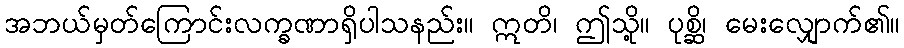
အဘယ်မှတ်ကြောင်းလက္ခဏာရှိပါသနည်း။ ဣတိ၊ ဤသို့။ ပုစ္ဆိ၊ မေးလျှောက်၏။